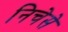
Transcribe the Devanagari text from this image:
निचेसे